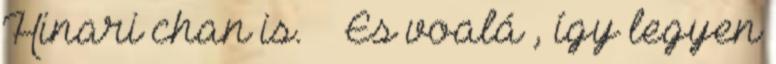
Hinari chan is. ^^ És voalá , így legyen